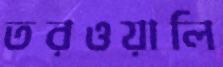
তরওয়ালি